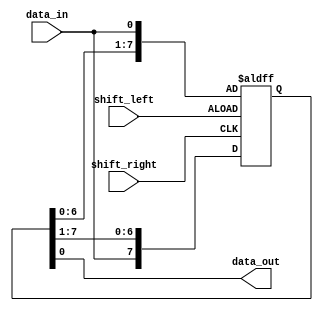
module bidirectional_shift_register (
    input data_in,
    input shift_left,
    input shift_right,
    output reg data_out
);

reg [7:0] shift_reg;

always @(posedge shift_left or posedge shift_right) begin
    if(shift_left)
        shift_reg <= {shift_reg[6:0], data_in};
    else if(shift_right)
        shift_reg <= {data_in, shift_reg[7:1]};
end

assign data_out = shift_reg[0];

endmodule